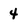
Character: 4